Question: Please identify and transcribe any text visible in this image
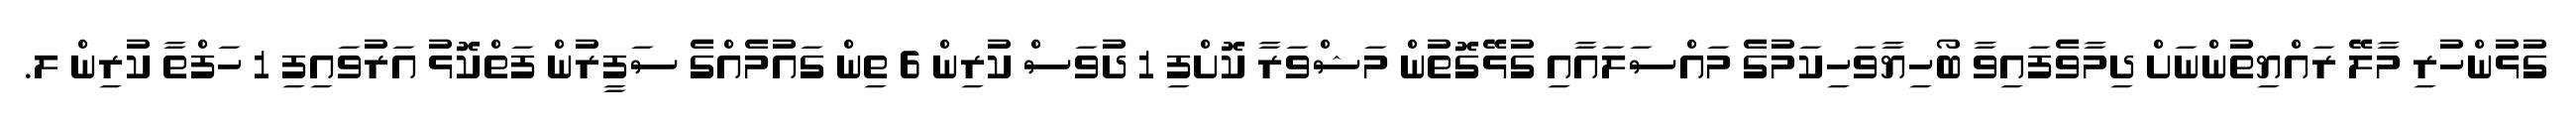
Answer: ގުޅުންހުރި މާލޭ ރައްޔިތުންނަށް ދިމާވެފައިވާ ބޯހިޔާވަހިކަމުގެ މައްސަލައާއި ގުޅޭގޮތުން މަޝްވަރާ ކޮށްފި 1 ދުވަސް ކުރިން 6 ތިން ގައުމެއްގެ ސަފީރުން ފަތްކޮޅު އަރުވައިފި 1 ހަފްތާ ކުރިން ލ.